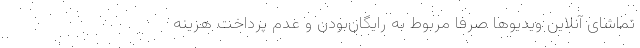
تماشای آنلاین ویدیوها صرفا مربوط به رایگان‌بودن و عدم پرداخت هزینه